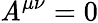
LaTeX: \mathit{A}^{\mu\nu}=0